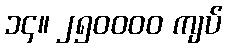
၁၄။ ၂၅၀၀၀၀ ကျပ်